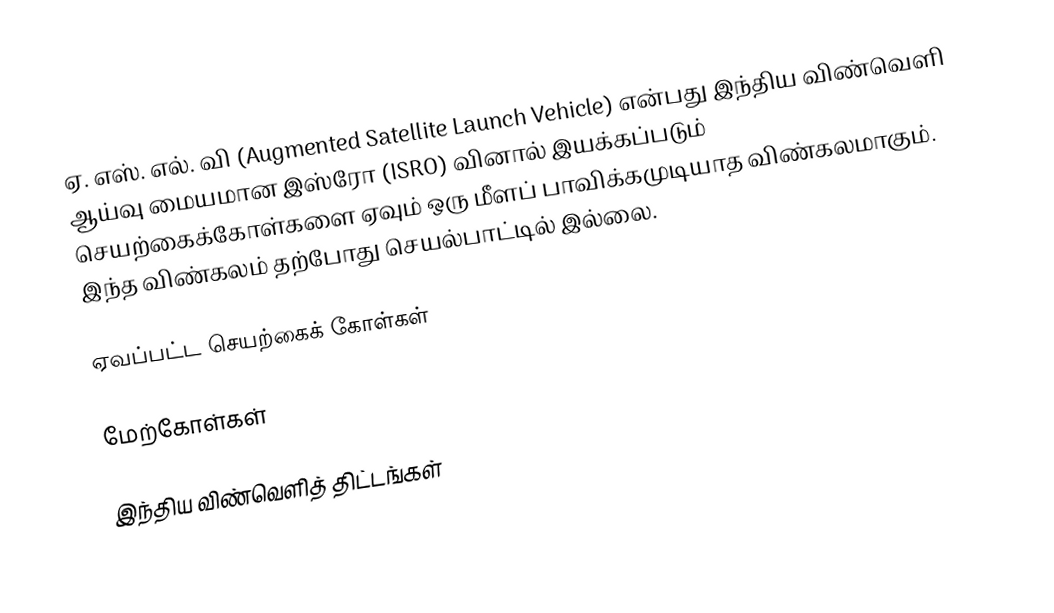
ஏ. எஸ். எல். வி (Augmented Satellite Launch Vehicle) என்பது இந்திய விண்வெளி ஆய்வு மையமான இஸ்ரோ (ISRO) வினால் இயக்கப்படும் செயற்கைக்கோள்களை ஏவும் ஒரு மீளப் பாவிக்கமுடியாத விண்கலமாகும். இந்த விண்கலம் தற்போது செயல்பாட்டில் இல்லை.

ஏவப்பட்ட செயற்கைக் கோள்கள்

மேற்கோள்கள்

இந்திய விண்வெளித் திட்டங்கள்